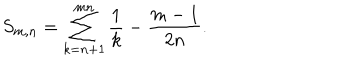
LaTeX: S _ { m , n } = \sum _ { k = n + 1 } ^ { m n } \frac { 1 } { k } - \frac { m - 1 } { 2 n } .